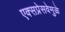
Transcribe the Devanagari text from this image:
एक्सप्रेसवेमुळे